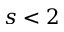
s < 2